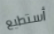
أستطيع